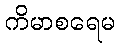
ကိမာစရေမ